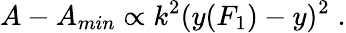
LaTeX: A-A_{min}\propto k^{2}(y(F_{1})-y)^{2}\; .